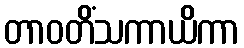
တာဝတိံသကာယိကာ